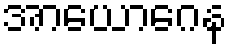
အာယောဂေန